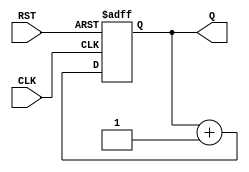
module async_reset_sync_counter #
(
    parameter N = 4  // Parameter to define the width of the counter (default is 4 bits)
)
(
    input wire CLK,     // Clock input
    input wire RST,     // Asynchronous reset input
    output reg [N-1:0] Q // Output counter value
);

// Asynchronous Reset Logic
always @(posedge CLK or posedge RST) begin
    if (RST) begin
        Q <= 0; // Reset to zero when RST is asserted
    end else begin
        Q <= Q + 1; // Increment counter on clock's rising edge
    end
end

endmodule